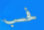
فحسب